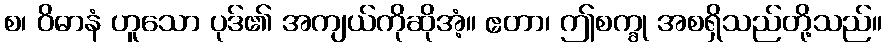
စ၊ ဝိဓာနံ ဟူသော ပုဒ်၏ အကျယ်ကိုဆိုအံ့။ ဧတာ၊ ဤစက္ခု အစရှိသည်တို့သည်။